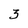
Character: 3